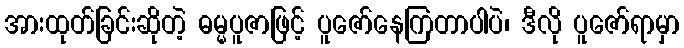
အားထုတ်ခြင်းဆိုတဲ့ ဓမ္မပူဇာဖြင့် ပူဇော်နေကြတာပါပဲ၊ ဒီလို ပူဇော်ရာမှာ